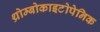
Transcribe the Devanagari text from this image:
थ्रोम्बोकाइटोपेनिक